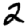
Digit: 2